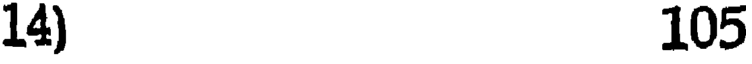
14) 105